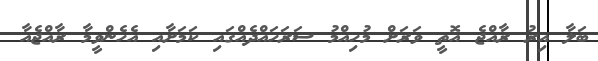
ބަލާ އިރު ރާއްޖެ އޮތީ ވަރަށް މުހިއްމު ސަރަހައްދެއްގައި ކަަމަށާއި އެހެންވީމާ ރާއްޖެއާ